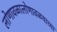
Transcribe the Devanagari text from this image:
लोणावळालोणावळयाच्या